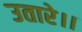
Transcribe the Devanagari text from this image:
उतारे।।